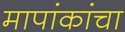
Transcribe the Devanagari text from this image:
मापांकांचा